Annual report of the Prince of Wales Medical College, Patna
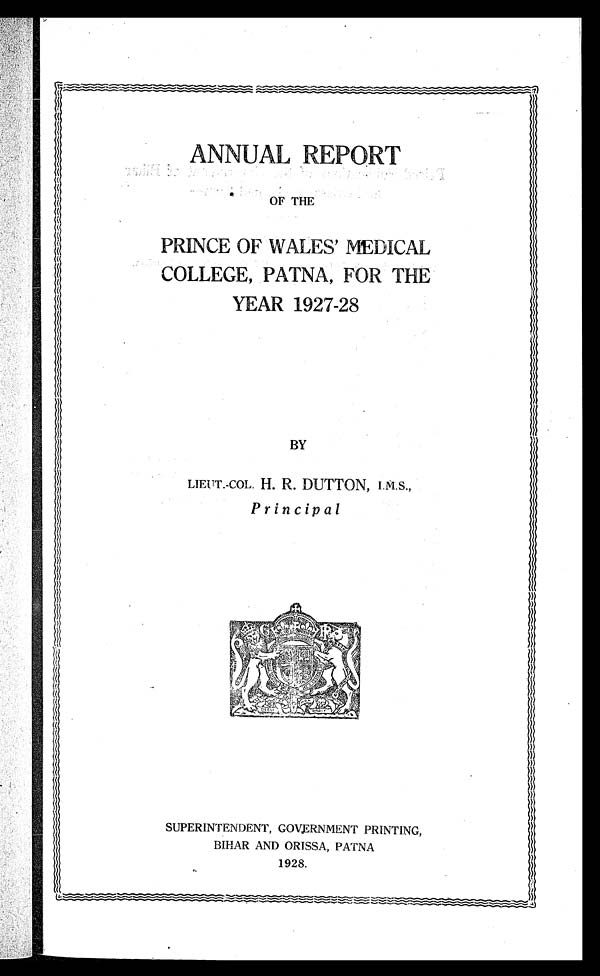
ANNUAL REPORT
OF THE
PRINCE OF WALES' MEDICAL
COLLEGE, PATNA, FOR THE
YEAR 1927-28
BY
LIEUT.-COL. H. R. DUTTON, I.M.S.,
Principal
SUPERINTENDENT, GOVERNMENT PRINTING,
BIHAR AND ORISSA, PATNA
1928.